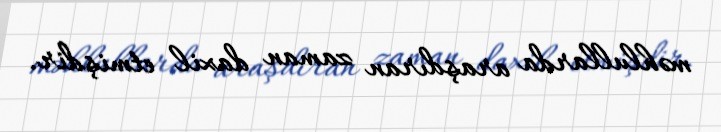
məhlullarda araşdıran zaman daxil etmişdir.